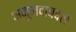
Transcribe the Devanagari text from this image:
अनुभवाबद्दल